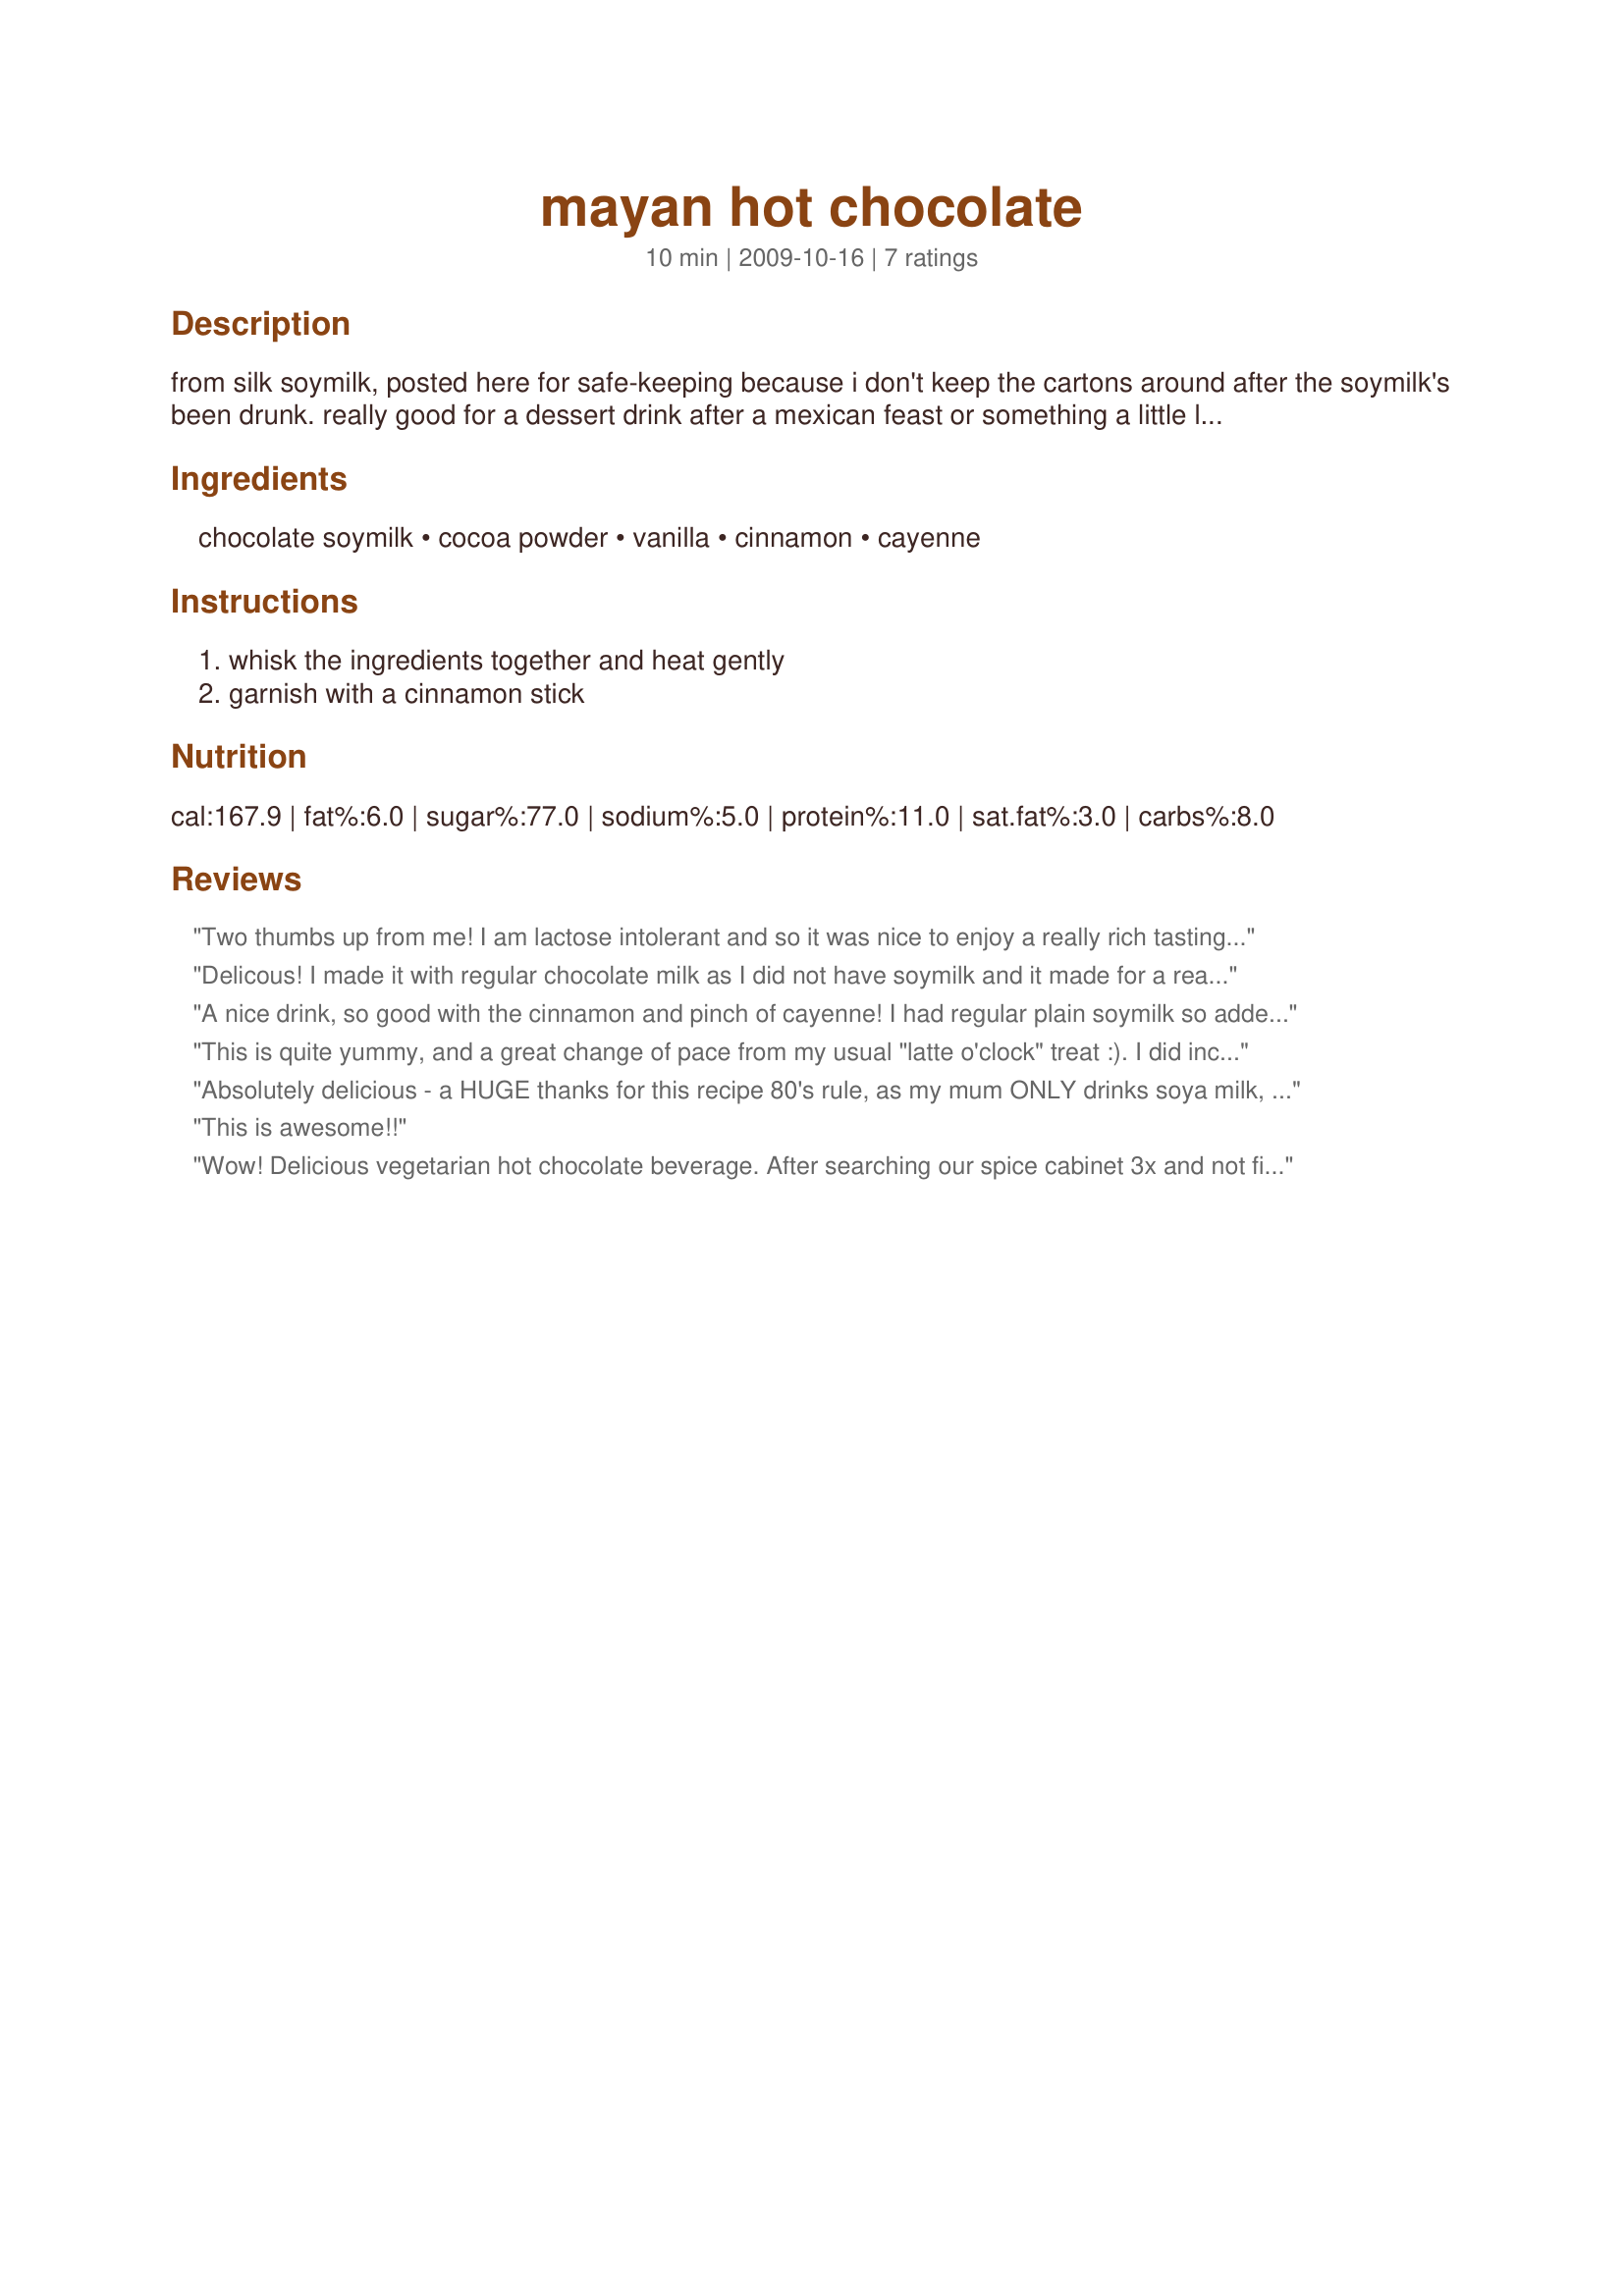
mayan hot chocolate
Preparation time: 10 minutes

from silk soymilk, posted here for safe-keeping because i don't keep the cartons around after the soymilk's been drunk. really good for a dessert drink after a mexican feast or something a little less traditional to warm you up on a cold day! want to make it cocktail party edition? add a little creme de cacao, baileys, and rum!

Ingredients:
chocolate soymilk, cocoa powder, vanilla, cinnamon, cayenne

Steps:
whisk the ingredients together and heat gently, garnish with a cinnamon stick

Reviews:
Two thumbs up from me! I am lactose intolerant and so it was nice to enjoy a really rich tasting cup of hot chocolate without worrying about the consequences. The warming spices make it perfect drinking for the holiday period. Made for vegetarian tag.
Delicous!

I made it with regular chocolate milk as I did not have soymilk and it made for a really rich and complex tasting hot chocolate... YUM!
A nice drink, so good with the cinnamon and pinch of cayenne! I had regular plain soymilk so added some chocolate syrup. Thanks for a yummy morning treat! Made for the Vegetarian Swap-Dec. 2009.
This is quite yummy, and a great change of pace from my usual "latte o'clock" treat :). I did incorporate a bit of coffee for an afternoon pick-me-up, using half strong coffee and half (cow's) milk. I really enjoyed the cinnamon and vanilla, and the warmth of the cayenne is nice...just be careful that your pinch isn't too large. Mine was a bit large and the pepper got a little strong toward the bottom of the cup LOL. Anyhow, thanks for posting a new idea for my afternoon latte! Made for our VIP Chef, Veg*n Swap 17.
Absolutely delicious - a HUGE thanks for this recipe 80's rule, as my mum ONLY drinks soya milk, and she is here for the Christmas holidays with us in France! I have made this on FOUR evenings for her now, and she is a bit of an addict!! I have not managed to take any photos yet - but will take some after the Christmas mayhem as died down a little.......I want to try this recipe too! Made for the special Guest host of the Veggie Swap in December, I have saved a few more f your recipes to try out in the New Year too! Merci! FT:-)
This is awesome!!
Wow! Delicious vegetarian hot chocolate beverage. After searching our spice cabinet 3x and not finding any cinnamon besides a cinnamon stick, I ended up using "pumpkin pie spice" as a substitution for the plain cinnamon. Today we are having blizzard conditions and the snow is coming down 2" an hour, so it was a perfect day to make this wonderful chocolate elixir. Made for "Veg*n Swap 17 ~ Dec 2009 ~ Let's Play!
